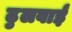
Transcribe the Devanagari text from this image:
ढुलवाई